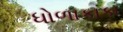
ધોળાકાકા